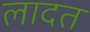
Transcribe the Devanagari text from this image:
लादत